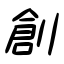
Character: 創